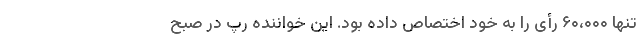
تنها ۶۰،۰۰۰ رأی را به خود اختصاص داده بود. این خواننده رپ در صبح